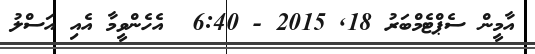
އާމީން ސެޕްޓެމްބަރު 18